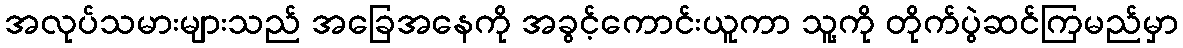
အလုပ်သမားများသည် အခြေအနေကို အခွင့်ကောင်းယူကာ သူ့ကို တိုက်ပွဲဆင်ကြမည်မှာ